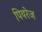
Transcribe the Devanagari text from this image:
पियरेज